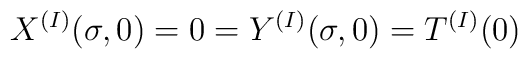
X^{(I)}(\sigma,0) = 0 = Y^{(I)}(\sigma,0) = T^{(I)}(0)